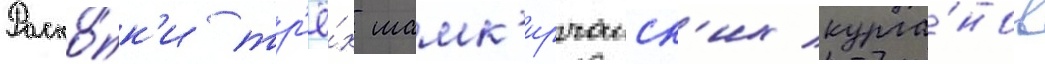
Раско́пк'и тр'ё́х шамк'ирчаиск'их курга́нов